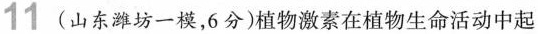
11 (山东潍坊一模，6分)植物激素在植物生命活动中起